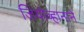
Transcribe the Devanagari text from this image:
जियोव्हानाने